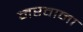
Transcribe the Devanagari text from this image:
मरवाना